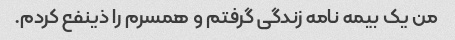
من یک بیمه نامه زندگی گرفتم و همسرم را ذینفع کردم.